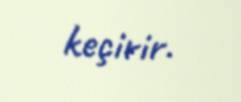
keçirir.